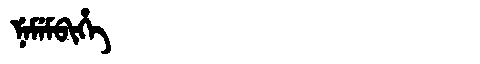
Manchu: ᠨᡝᠮᡝᠮᠪᡳᡥᡝ
Romanization: NEMEMBIHE